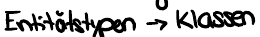
Entitätstypen -> Klassen